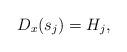
LaTeX: \begin{align*} D_x(s_j)=H_j,\end{align*}